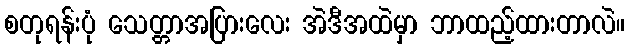
စတုရန်းပုံ သေတ္တာအပြားလေး အဲဒီအထဲမှာ ဘာထည့်ထားတာလဲ။